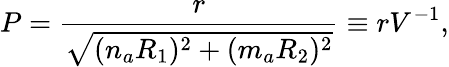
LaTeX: P=\frac{r}{\sqrt{(n_{a}R_{1})^{2}+(m_{a}R_{2})^{2}}}\equiv rV^{-1},